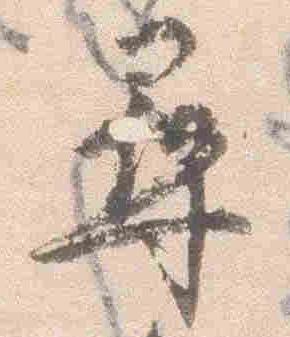
尋